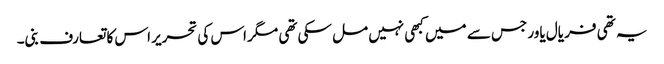
یہ تھی فر یال یاور جس سے میں کبھی نہیں مل سکی تھی مگر اس کی تحریر اس کا تعارف بنی۔